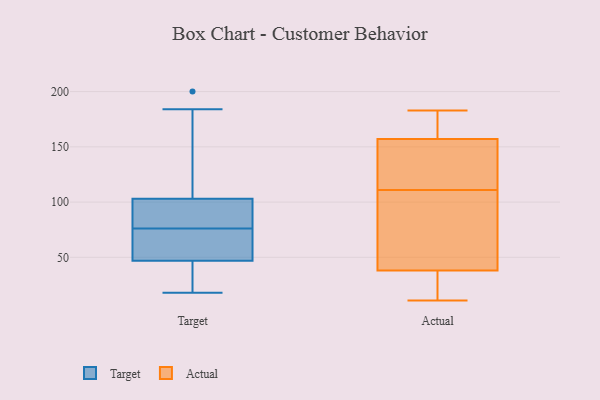
{"axis": {"x": "Demand Index", "y": "Value"}, "legend": ["Actual", "Target"], "data": [{"x": "", "y": 83, "type": "Target"}, {"x": "", "y": 69, "type": "Target"}, {"x": "", "y": 184, "type": "Target"}, {"x": "", "y": 109, "type": "Target"}, {"x": "", "y": 26, "type": "Target"}, {"x": "", "y": 40, "type": "Target"}, {"x": "", "y": 200, "type": "Target"}, {"x": "", "y": 61, "type": "Target"}, {"x": "", "y": 18, "type": "Target"}, {"x": "", "y": 47, "type": "Target"}, {"x": "", "y": 95, "type": "Target"}, {"x": "", "y": 103, "type": "Target"}, {"x": "", "y": 42, "type": "Target"}, {"x": "", "y": 61, "type": "Target"}, {"x": "", "y": 92, "type": "Target"}, {"x": "", "y": 85, "type": "Target"}, {"x": "", "y": 51, "type": "Target"}, {"x": "", "y": 107, "type": "Target"}, {"x": "", "y": 156, "type": "Actual"}, {"x": "", "y": 131, "type": "Actual"}, {"x": "", "y": 31, "type": "Actual"}, {"x": "", "y": 176, "type": "Actual"}, {"x": "", "y": 113, "type": "Actual"}, {"x": "", "y": 75, "type": "Actual"}, {"x": "", "y": 92, "type": "Actual"}, {"x": "", "y": 119, "type": "Actual"}, {"x": "", "y": 134, "type": "Actual"}, {"x": "", "y": 183, "type": "Actual"}, {"x": "", "y": 109, "type": "Actual"}, {"x": "", "y": 75, "type": "Actual"}, {"x": "", "y": 158, "type": "Actual"}, {"x": "", "y": 171, "type": "Actual"}, {"x": "", "y": 24, "type": "Actual"}, {"x": "", "y": 15, "type": "Actual"}, {"x": "", "y": 11, "type": "Actual"}, {"x": "", "y": 28, "type": "Actual"}, {"x": "", "y": 180, "type": "Actual"}, {"x": "", "y": 45, "type": "Actual"}]}